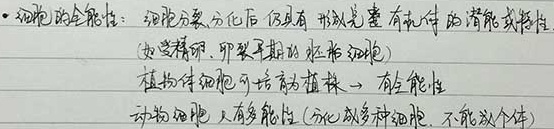
- 细胞的全能性：细胞分裂、分化后仍具有形成完整有机体的潜能或特性  (如受精卵、卵裂早期的胚胎细胞)
植物体细胞可培养为植株→有全能性
动物细胞只有多能性(分化成多种细胞，不能成个体)